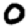
Digit: 0